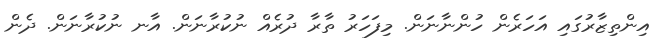
އިންތިޒާރުގައި އަހަރެން ހުންނާނަން. މިފަހަރު ތާރާ ދުރެއް ނުކުރާނަން. އާނ ނުކުރާނަން. ދެން